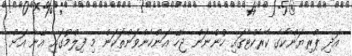
އަދި ޕްރިޔަންކާގެ ކެރެކްޓާގައި ހުންނަން ޖެހޭ އަންހެންވަންތަކަން މި ފިލްމުގައި އޭނާ އަށް